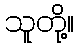
သူတို့။